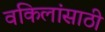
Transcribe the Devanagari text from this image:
वकिलांसाठी